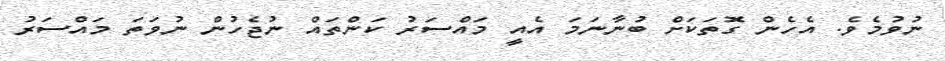
ނުވުމެވެ. އެހެން ގޮތަކަށް ބުނާނަމަ އެއީ މައްސަރު ކަންތައް ނުޖެހުން ނުވަތަ މައްސަރު